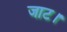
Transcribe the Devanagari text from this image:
जाट।